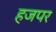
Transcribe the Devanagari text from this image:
हजपर